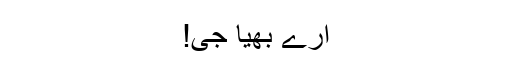
ارے بھیا جی!